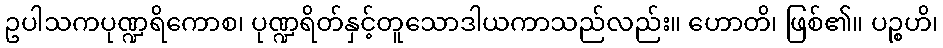
ဥပါသကပုဏ္ဍရိကောစ၊ ပုဏ္ဍရိတ်နှင့်တူသောဒါယကာသည်လည်း။ ဟောတိ၊ ဖြစ်၏။ ပဉ္စဟိ၊